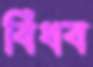
বিঁধব